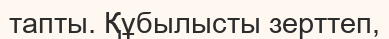
тапты. Құбылысты зерттеп,